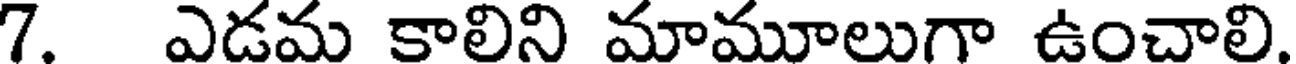
7. ఎడమ కాలిని మామూలుగా ఉంచాలి.